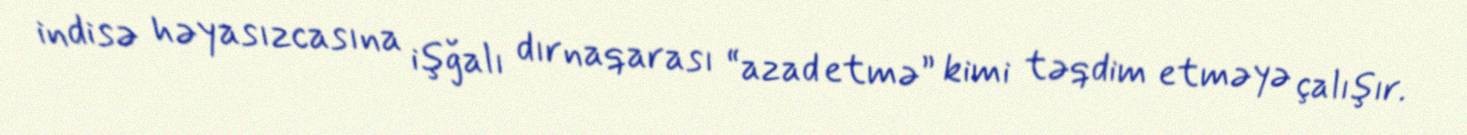
indisə həyasızcasına işğalı dırnaqarası “azad etmə” kimi təqdim etməyə çalışır.